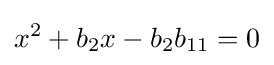
x^{2}+b_{2}x-b_{2}b_{11}=0